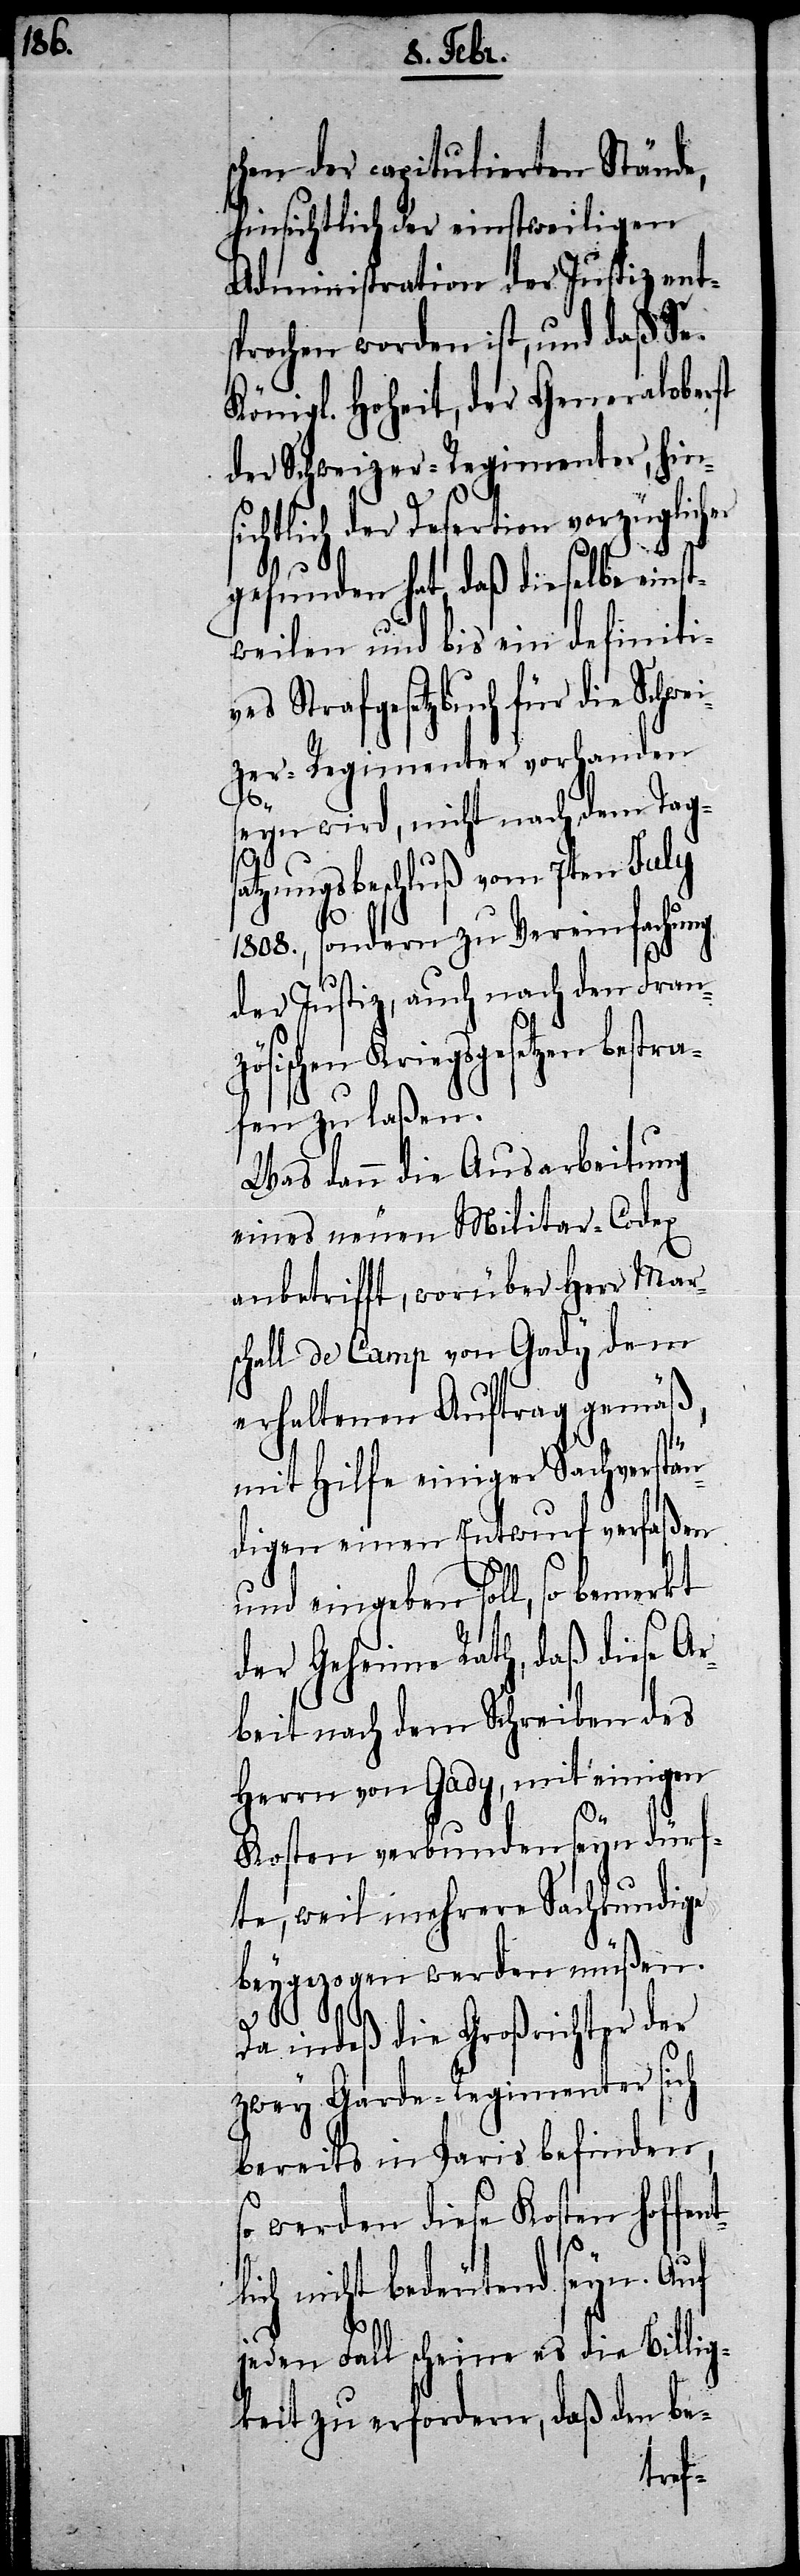
schen der capitulierten Stände,
hinsichtlich der einstweiligen
Administration der Justiz ent¬
sprochen worden ist, und daß Se.
Königl. Hoheit, der Generaloberst
der Schweizer-Regimenter, hin¬
sichtlich der Desertion vorzüglicher
gefunden hat, daß dieselbe einst¬
weilen und bis ein definiti¬
ves Strafgesetzbuch für die Schwe¬
izer-Regimenter vorhanden
seyn wird, nicht nach dem Tag¬
igen
tzungsbeschluß vom 7ten July
1808., sondern zu Vereinfachung
der Justiz, auch nach den Franzö¬
sischen Kriegsgesetzen
fen zu laßen.
Was dann die Ausarbeitung
eines neuen Militar-Codex
anbetrifft, worüber Herr Mar¬
schall de Camp von Gady dem
erhaltenen Auftrag gemäß,
mit Hilfe einiger Sachverständ¬
[sic!] einen Entwurf verfaßen
und eingeben soll, so bemerkt
der Geheime Rath, daß diese Ar¬
beit nach dem Schreiben des
Herrn von Gady, mit einigen
Kosten verbunden seyn dürf¬
te, weil mehrere Sachkundige
beygezogen werden müßen.
Da indeß die Großrichter der
zwey Garde-Regimenter sich
bereits in Paris befinden,
werden diese Kosten hoffen¬
ich nicht bedeutend seyn. Auf
jeden Fall scheine es die Billig¬
keit zu erfordern, daß den be-
tl¬